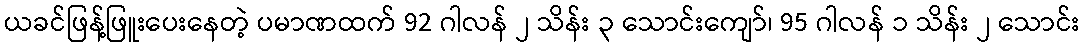
ယခင်ဖြန့်ဖြူးပေးနေတဲ့ ပမာဏထက် 92 ဂါလန် ၂ သိန်း ၃ သောင်းကျော်၊ 95 ဂါလန် ၁ သိန်း ၂ သောင်း